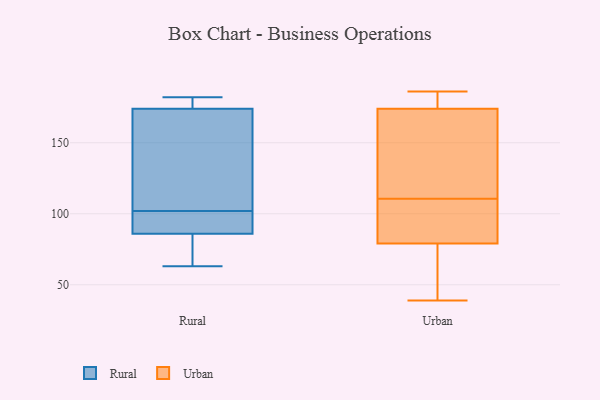
{"axis": {"x": "Market Share (%)", "y": "Value"}, "legend": ["Rural", "Urban"], "data": [{"x": "", "y": 175, "type": "Rural"}, {"x": "", "y": 182, "type": "Rural"}, {"x": "", "y": 94, "type": "Rural"}, {"x": "", "y": 155, "type": "Rural"}, {"x": "", "y": 174, "type": "Rural"}, {"x": "", "y": 68, "type": "Rural"}, {"x": "", "y": 63, "type": "Rural"}, {"x": "", "y": 97, "type": "Rural"}, {"x": "", "y": 86, "type": "Rural"}, {"x": "", "y": 107, "type": "Rural"}, {"x": "", "y": 103, "type": "Urban"}, {"x": "", "y": 45, "type": "Urban"}, {"x": "", "y": 118, "type": "Urban"}, {"x": "", "y": 79, "type": "Urban"}, {"x": "", "y": 100, "type": "Urban"}, {"x": "", "y": 171, "type": "Urban"}, {"x": "", "y": 157, "type": "Urban"}, {"x": "", "y": 103, "type": "Urban"}, {"x": "", "y": 65, "type": "Urban"}, {"x": "", "y": 174, "type": "Urban"}, {"x": "", "y": 175, "type": "Urban"}, {"x": "", "y": 186, "type": "Urban"}, {"x": "", "y": 174, "type": "Urban"}, {"x": "", "y": 39, "type": "Urban"}]}